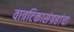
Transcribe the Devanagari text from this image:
वात्रटिकासंग्रहांचा